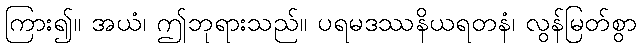
ကြား၍။ အယံ၊ ဤဘုရားသည်။ ပရမဒဿနိယရတနံ၊ လွန်မြတ်စွာ